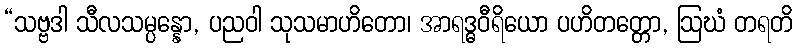
“သဗ္ဗဒါ သီလသမ္ပန္နော, ပညဝါ သုသမာဟိတော၊ အာရဒ္ဓဝီရိယော ပဟိတတ္တော, ဩဃံ တရတိ